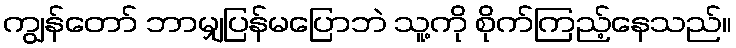
ကျွန်တော် ဘာမျှပြန်မပြောဘဲ သူ့ကို စိုက်ကြည့်နေသည်။